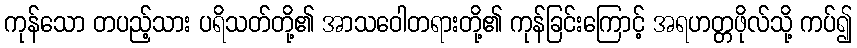
ကုန်သော တပည့်သား ပရိသတ်တို့၏ အာသဝေါတရားတို့၏ ကုန်ခြင်းကြောင့် အရဟတ္တဖိုလ်သို့ ကပ်၍